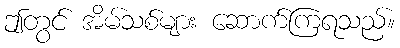
ဤတွင် အိမ်သစ်များ ဆောက်ကြရသည်။